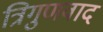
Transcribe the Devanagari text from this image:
त्रिगुणवाद